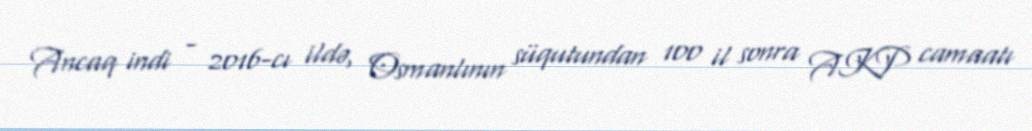
Ancaq indi - 2016-cı ildə, Osmanlının süqutundan 100 il sonra AKP camaatı